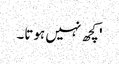
' کچھ نہیں ہوتا۔